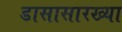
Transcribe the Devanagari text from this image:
डासासारख्या